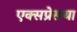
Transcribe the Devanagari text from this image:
एक्सप्रेसया